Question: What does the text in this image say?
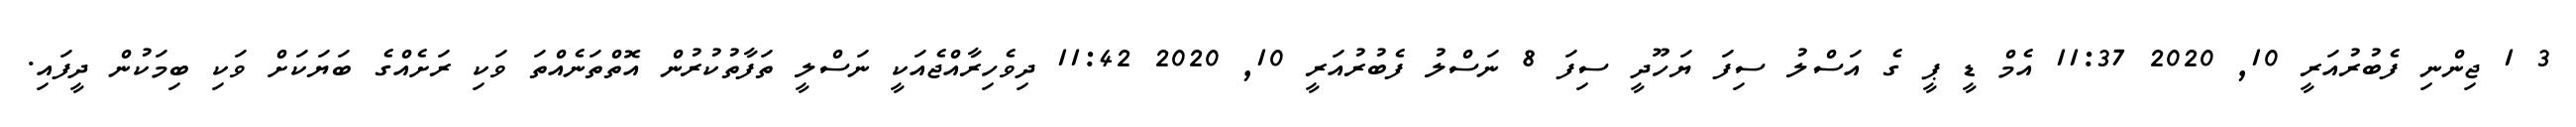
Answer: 3 1 ޖިންނި ފެބުރުއަރީ 10, 2020 11:37 އެމް ޑީ ޕީ ގެ އަސްލު ސިފަ ޔަހޫދީ ސިފަ 8 ނަސްލު ފެބުރުއަރީ 10, 2020 11:42 ދިވެހިރާއްޖެއަކީ ނަސްލީ ތަފާތުކުރުން އޮތްތަނެއްތަ ވަކި ރަށެއްގެ ބަޔަކަށް ވަކި ބިމަކުން ދީފައި.